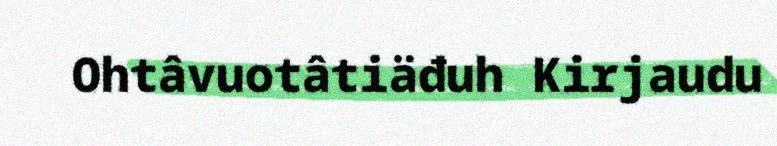
Ohtâvuotâtiäđuh Kirjaudu